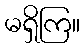
မရှိကြ။